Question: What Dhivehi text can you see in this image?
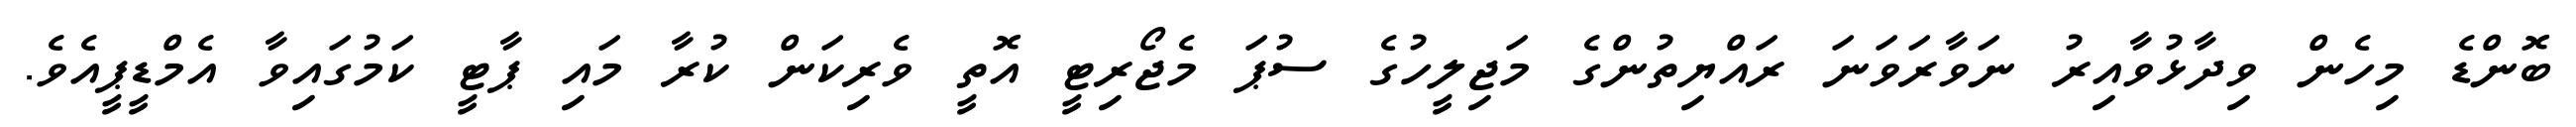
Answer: ބޮންޑެ މިހެން ވިދާޅުވާއިރު ނަވާރަވަނަ ރައްޔިތުންގެ މަޖިލީހުގެ ސުޕަ މެޖޯރިޓީ އޮތީ ވެރިކަން ކުރާ މައި ޕާޓީ ކަމުގައިވާ އެމްޑީޕީއެވެ.